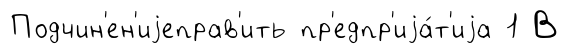
Подчин'ен'иjеправ'ить пр'едпр'иjа́т'иjа 1 В